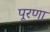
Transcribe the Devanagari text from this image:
पूरणा